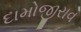
દામોજીરાવ